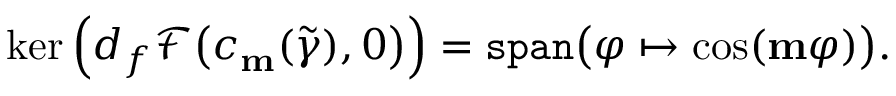
\ker \Big ( d _ { f } \mathscr { F } \big ( c _ { \mathbf { m } } ( \widetilde { \gamma } ) , 0 \big ) \Big ) = \mathtt { s p a n } \big ( \varphi \mapsto \cos ( \mathbf { m } \varphi ) \big ) .